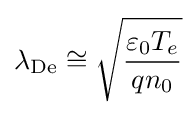
\lambda _{\mathrm {De} }\cong {\sqrt {\frac {\varepsilon _{0}T_{e}}{qn_{0}}}}